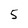
Character: 5